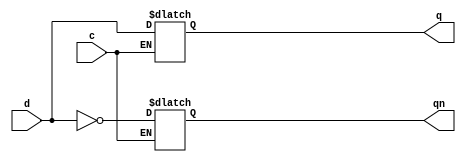
`timescale 1ns / 1ps

module D_Latch(d,c,q,qn);
    input d,c;
    output reg q,qn;
    always @ (d,c)
    if (c) {q,qn}<={d,~d};
    
endmodule